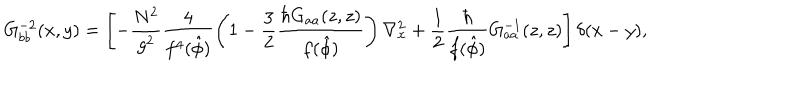
G _ { b b } ^ { - 2 } ( x , y ) = \left[ - \frac { { N ^ { 2 } } } { g ^ { 2 } } \frac { { 4 } } { f ^ { 4 } ( { \hat { \phi } } ) } \left( { 1 - \frac { { 3 } } { 2 } \frac { { \hbar G _ { a a } ( z , z ) } } { f ( { \hat { \phi } } ) } } \right) \nabla _ { x } ^ { 2 } + \frac { { 1 } } { 2 } \frac { { \hbar } } { f ( { \hat { \phi } } ) } G _ { a a } ^ { - 1 } ( z , z ) \right] \delta ( x - y ) ,